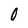
Character: 0